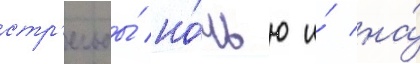
стр'ельбы́ но́чью и́ на́